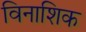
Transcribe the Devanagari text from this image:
विनाशिक